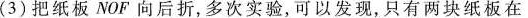
(3)把纸板NOF向后折，多次实验，可以发现，只有两块纸板在